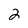
Character: 2